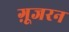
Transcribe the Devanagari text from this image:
ग़ूजरन